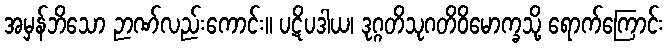
အမှန်ဘိသော ဉာဏ်လည်းကောင်း။ ပဋိပဒါယ၊ ဒုဂ္ဂတိသုဂတိဝိမောက္ခသို့ ရောက်ကြောင်း